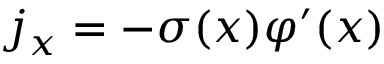
j _ { x } = - \sigma ( x ) \varphi ^ { \prime } ( x )